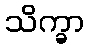
သိက္ခာ